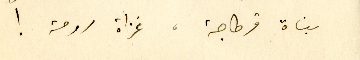
بناة قرطاجة، غزاة رومة !